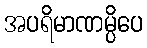
အပရိမာဏမ္ပိပေ